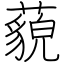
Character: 藐